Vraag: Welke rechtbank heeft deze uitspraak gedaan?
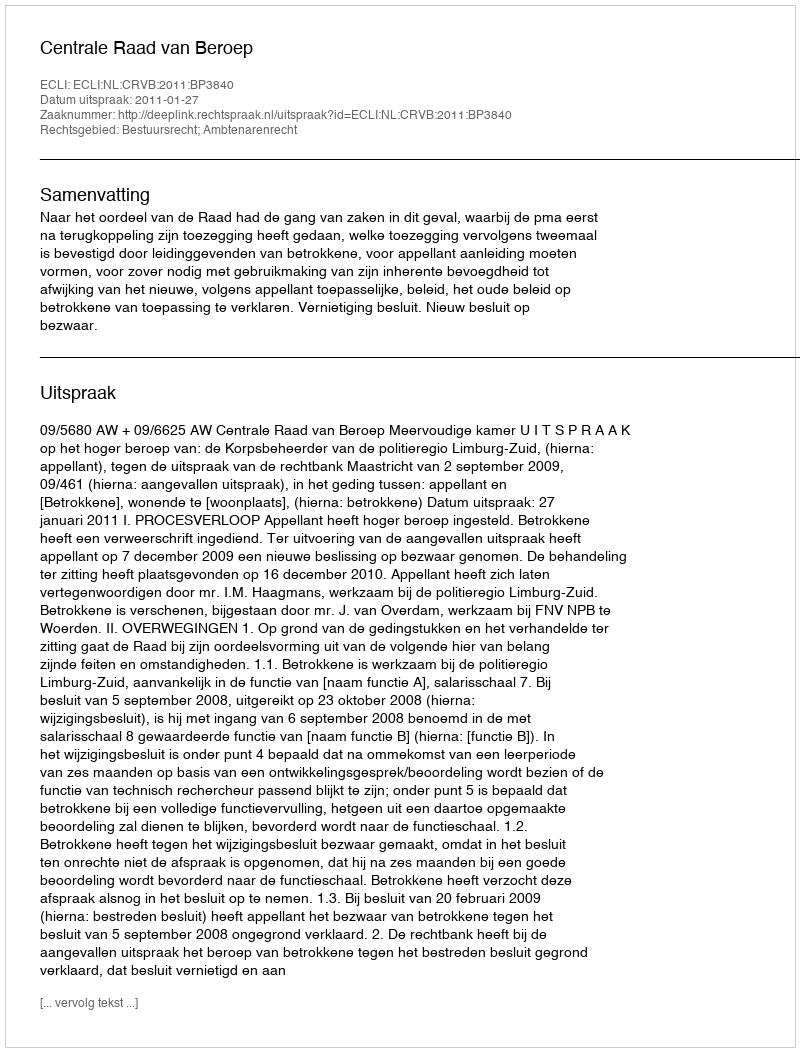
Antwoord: Centrale Raad van Beroep